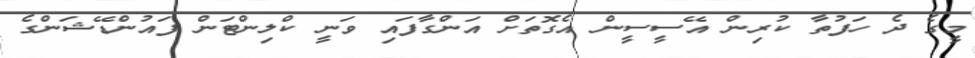
މީގެ ދެ ހަފުތާ ކުރިން އޭސީސީން އެގޮތަށް އަންގާފައި ވަނީ ކްލިންޓަން ފައުންޑޭޝަންގެ